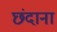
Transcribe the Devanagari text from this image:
छंदाना